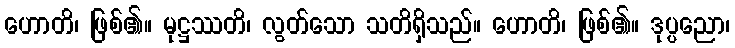
ဟောတိ၊ ဖြစ်၏။ မုဋ္ဌဿတိ၊ လွတ်သော သတိရှိသည်။ ဟောတိ၊ ဖြစ်၏။ ဒုပ္ပညော၊